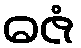
ဓဇံ